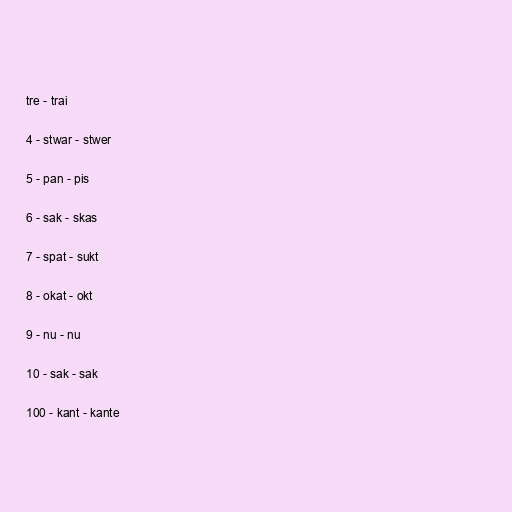
tre - trai

4 - stwar - stwer

5 - pan - pis

6 - sak - skas

7 - spat - sukt

8 - okat - okt

9 - nu - nu

10 - sak - sak

100 - kant - kante